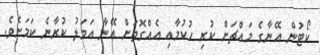
ކޯޓުން އޭނާގެ މައްޗަށް ކުރި ހުކުމާއި އެއްގޮތަށް އޭނާ އަމަލު ކުރާނެ ކަމަށެވެ.